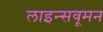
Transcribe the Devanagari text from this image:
लाइन्सवूमन